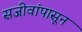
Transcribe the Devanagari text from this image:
सजीवांपासून